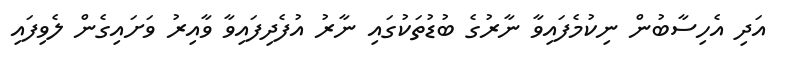
އަދި އެހިސާބުން ނިކުމެފައިވާ ނާރުގެ ބުޑުތަކުގައި ނާރު އުފެދިފައިވާ ވާއިރު ވަށައިގެން ލެވިފައި